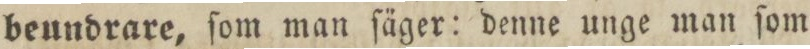
beundrare, ſom man ſäger: denne unge man ſom